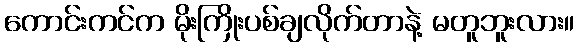
ကောင်းကင်က မိုးကြိုးပစ်ချလိုက်တာနဲ့ မတူဘူးလား။